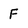
Character: f